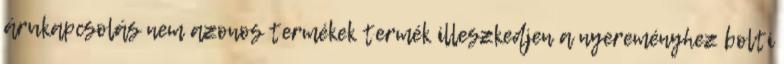
árukapcsolás nem azonos termékek termék illeszkedjen a nyereményhez bolti